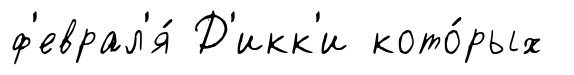
ф'еврал'я́ Д'икк'и кото́рых